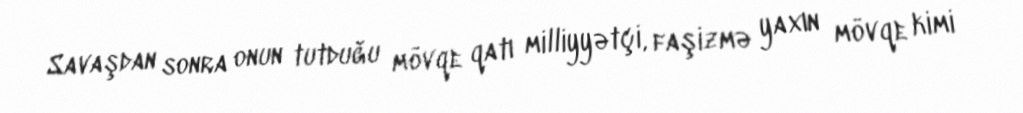
Savaşdan sonra onun tutduğu mövqe qatı milliyyətçi, faşizmə yaxın mövqe kimi